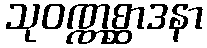
သုဝဏ္ဏစ္ဆာဒနာ